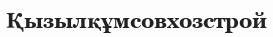
Қызылқұмсовхозстрой